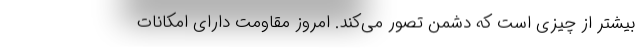
بیشتر از چیزی است که دشمن تصور می‌کند. امروز مقاومت دارای امکانات